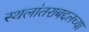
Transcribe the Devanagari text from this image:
स्थलांतराबद्दलच्या